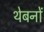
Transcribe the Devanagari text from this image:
थेबनों